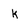
Character: k